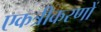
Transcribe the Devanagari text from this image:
एकत्रीकरणों